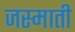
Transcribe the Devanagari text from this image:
जस्माती